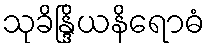
သုခိန္ဒြိယနိရောဓံ